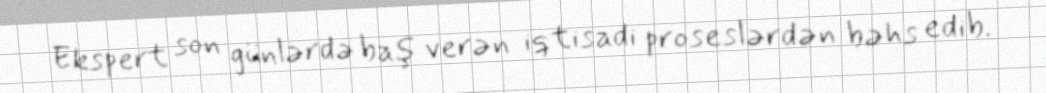
Ekspert son günlərdə baş verən iqtisadi proseslərdən bəhs edib.